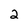
Character: 2